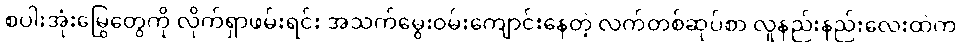
စပါးအုံးမြွေတွေကို လိုက်ရှာဖမ်းရင်း အသက်မွေးဝမ်းကျောင်းနေတဲ့ လက်တစ်ဆုပ်စာ လူနည်းနည်းလေးထဲက